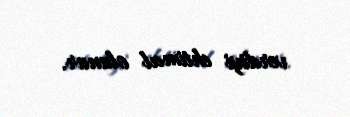
verdiyi ehtimal olunur.